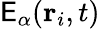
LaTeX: \mathsf{E}_{\alpha}({\mathbf{r}}_{i},t)